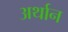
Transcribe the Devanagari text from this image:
अर्थान